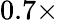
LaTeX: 0.7\times